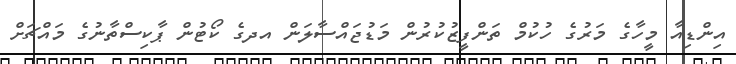
އިންޑިއާ މީހާގެ މަރުގެ ހުކުމް ތަންފީޒުކުރުން މަޑުޖައްސާލަން އދގެ ކޯޓުން ޕާކިސްތާނުގެ މައްޗަށް